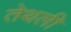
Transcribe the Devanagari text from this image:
तेथली